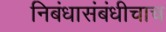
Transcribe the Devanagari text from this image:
निबंधासंबंधीचाच